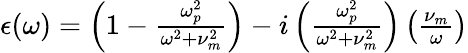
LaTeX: \begin{array}{r}{\epsilon(\omega)=\left(1-\frac{\omega_{p}^{2}}{\omega^{2}+\nu_{m}^{2}}\right)-i\left(\frac{\omega_{p}^{2}}{\omega^{2}+\nu_{m}^{2}}\right)\left(\frac{\nu_{m}}{\omega}\right)}\end{array}